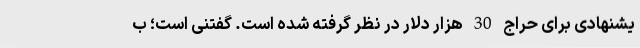
یشنهادی برای حراج 30 هزار دلار در نظر گرفته شده است. گفتنی است؛ ب